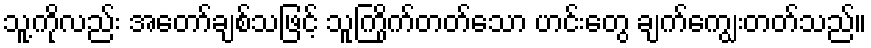
သူ့ကိုလည်း အတော်ချစ်သဖြင့် သူကြိုက်တတ်သော ဟင်းတွေ ချက်ကျွေးတတ်သည်။